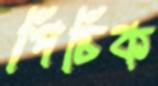
পিচিক